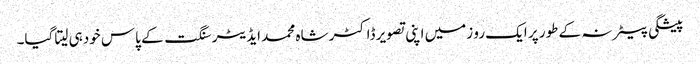
پیشگی بیعانہ کے طور پر ایک رو زمیں اپنی تصویر ڈاکٹر شاہ محمد ایڈیٹر سنگت کے پاس خودہی لیتا گیا۔